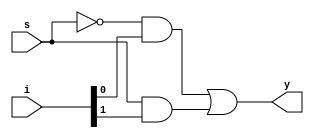
module mux2x1(i,s,y);

input [1:0]i;
input s;
output y;
assign y = ~s&i[0] | s&i[1];
  
endmodule